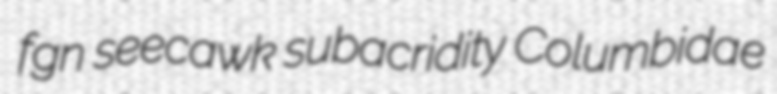
fgn seecawk subacridity Columbidae